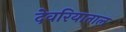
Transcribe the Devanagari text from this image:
देवरियाताल